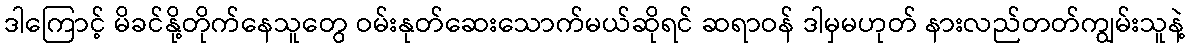
ဒါကြောင့် မိခင်နို့တိုက်နေသူတွေ ဝမ်းနုတ်ဆေးသောက်မယ်ဆိုရင် ဆရာဝန် ဒါမှမဟုတ် နားလည်တတ်ကျွမ်းသူနဲ့